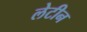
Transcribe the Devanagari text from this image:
लेटीन